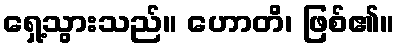
ရှေ့သွားသည်။ ဟောတိ၊ ဖြစ်၏။